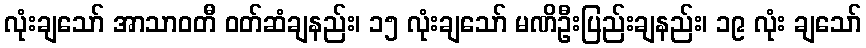
လုံးချသော် အာသာဝတီ ဝတ်ဆံချနည်း၊ ၁၅ လုံးချသော် မဏိဦးပြည်းချနည်း၊ ၁၉ လုံး ချသော်